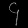
Digit: ၄